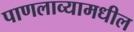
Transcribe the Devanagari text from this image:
पाणलाव्यामधील